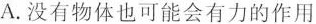
A.没有物体也可能会有力的作用